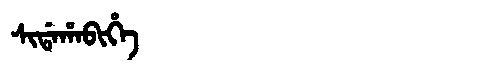
Manchu: ᠰᡳᡩᠠᡥᠠᠪᡳᡥᡝ
Romanization: SIDAHABIHE